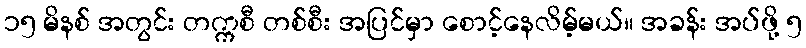
၁၅ မိနစ် အတွင်း တက္ကစီ တစ်စီး အပြင်မှာ စောင့်နေလိမ့်မယ်။ အခန်း အပ်ဖို့ ၅